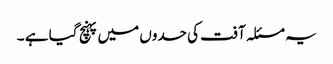
یہ مسئلہ آفت کی حدوں میں پہنچ گیا ہے ۔